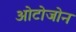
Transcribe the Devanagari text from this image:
ओटोजोन